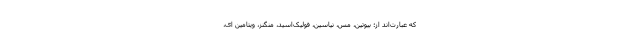
که عبارت‌اند از؛ بیوتین، مس، نیاسین، فولیک‌اسید، منگنز، ویتامین ای،